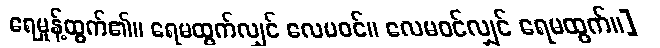
ရေမှုန့်ထွက်၏။ ရေမထွက်လျှင် လေမဝင်။ လေမဝင်လျှင် ရေမထွက်။]